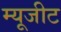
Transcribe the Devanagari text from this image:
म्यूजीट